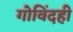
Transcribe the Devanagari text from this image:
गोविंदही